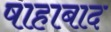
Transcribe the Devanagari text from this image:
षाहाबाद